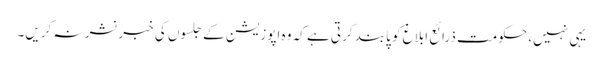
یہی نہیں، حکومت ذرائع ابلاغ کو پابند کرتی ہے کہ وہ اپوزیشن کے جلسوں کی خبر نشر نہ کریں۔